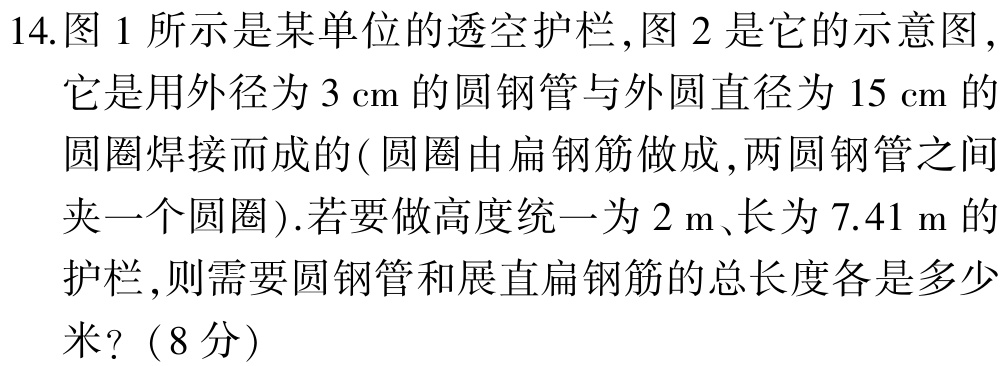
14.图1所示是某单位的透空护栏,图2是它的示意图,

它是用外径为\(3\mathrm{cm}\)的圆钢管与外圆直径为\(15\mathrm{cm}\)的

圆圈焊接而成的(圆圈由扁钢筋做成,两圆钢管之间

夹一个圆圈).若要做高度统一为\(2\mathrm{m}\)、长为\(7.41\mathrm{m}\)的

护栏,则需要圆钢管和展直扁钢筋的总长度各是多少

米?（8分）